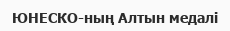
ЮНЕСКО-ның Алтын медалі